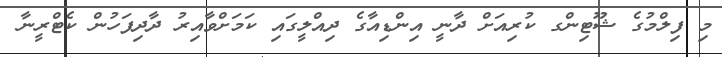
މި ފިލްމުގެ ޝޫޓިންގ ކުރިއަށް ދާނީ އިންޑިއާގެ ދިއްލީގައި ކަމަށްވާއިރު ދާދިފަހުން ކެޓްރީނާ